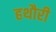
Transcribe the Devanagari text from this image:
हथौरी